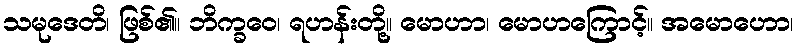
သမုဒေတိ၊ ဖြစ်၏။ ဘိက္ခဝေ၊ ရဟန်းတို့။ မောဟာ၊ မောဟကြောင့်။ အမောဟော၊